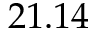
2 1 . 1 4